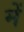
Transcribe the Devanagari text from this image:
में